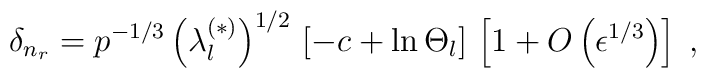
\delta_{n_{r}}=p^{-1/3}\left(\lambda_{l}^{(\ast)} \right)^{1/2}\,\left[-c + \ln \Theta_{l} \right]\,\left[1 + O \left( \epsilon^{1/3} \right) \right]\; ,